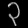
Digit: ၃